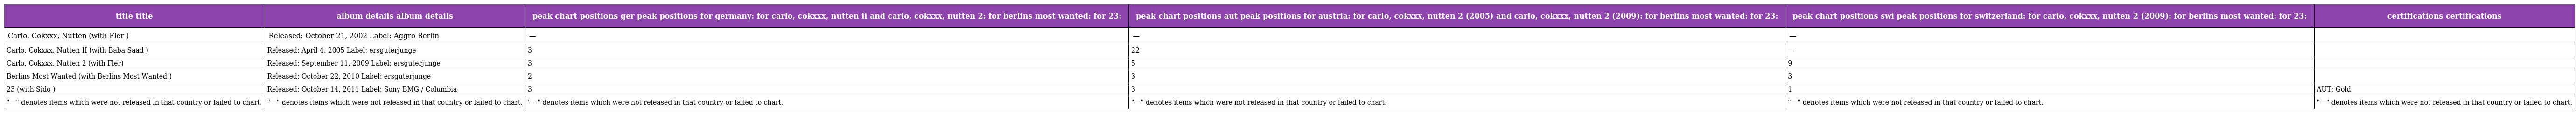
| title title | album details album details | peak chart positions ger peak positions for germany: for carlo, cokxxx, nutten ii and carlo, cokxxx, nutten 2: for berlins most wanted: for 23: | peak chart positions aut peak positions for austria: for carlo, cokxxx, nutten 2 (2005) and carlo, cokxxx, nutten 2 (2009): for berlins most wanted: for 23: | peak chart positions swi peak positions for switzerland: for carlo, cokxxx, nutten 2 (2009): for berlins most wanted: for 23: | certifications certifications |
 | --- | --- | --- | --- | --- | --- |
 | Carlo, Cokxxx, Nutten (with Fler ) | Released: October 21, 2002 Label: Aggro Berlin | — | — | — |  |
 | Carlo, Cokxxx, Nutten II (with Baba Saad ) | Released: April 4, 2005 Label: ersguterjunge | 3 | 22 | — |  |
 | Carlo, Cokxxx, Nutten 2 (with Fler) | Released: September 11, 2009 Label: ersguterjunge | 3 | 5 | 9 |  |
 | Berlins Most Wanted (with Berlins Most Wanted ) | Released: October 22, 2010 Label: ersguterjunge | 2 | 3 | 3 |  |
 | 23 (with Sido ) | Released: October 14, 2011 Label: Sony BMG / Columbia | 3 | 3 | 1 | AUT: Gold |
 | "—" denotes items which were not released in that country or failed to chart. | "—" denotes items which were not released in that country or failed to chart. | "—" denotes items which were not released in that country or failed to chart. | "—" denotes items which were not released in that country or failed to chart. | "—" denotes items which were not released in that country or failed to chart. | "—" denotes items which were not released in that country or failed to chart. |